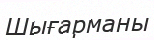
Шығарманы